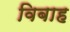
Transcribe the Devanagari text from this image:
विबाह